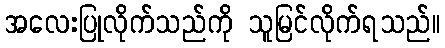
အလေးပြုလိုက်သည်ကို သူမြင်လိုက်ရသည်။